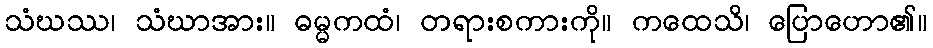
သံဃဿ၊ သံဃာအား။ ဓမ္မကထံ၊ တရားစကားကို။ ကထေသိ၊ ပြောဟော၏။